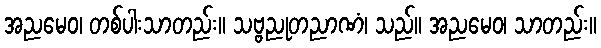
အညမေဝ၊ တစ်ပါးသာတည်း။ သဗ္ဗညုတညာဏံ၊ သည်။ အညမေဝ၊ သာတည်း။